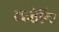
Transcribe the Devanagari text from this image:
अन्तेय्ष्टि